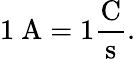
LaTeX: \mathrm{{1\ A=1{\frac{C}{s}}.}}